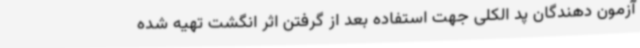
آزمون دهندگان پد الکلی جهت استفاده بعد از گرفتن اثر انگشت تهیه شده